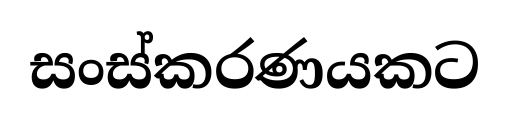
සංස්කරණයකට